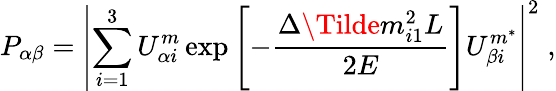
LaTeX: P_{\alpha\beta}=\left\vert\sum_{i=1}^{3}U_{\alpha i}^{m}\exp\left[-\frac{\Delta\Tilde{m}_{i1}^{2}L}{2E}\right]U_{\beta i}^{m^{\ast}}\right\vert^{2}\; ,